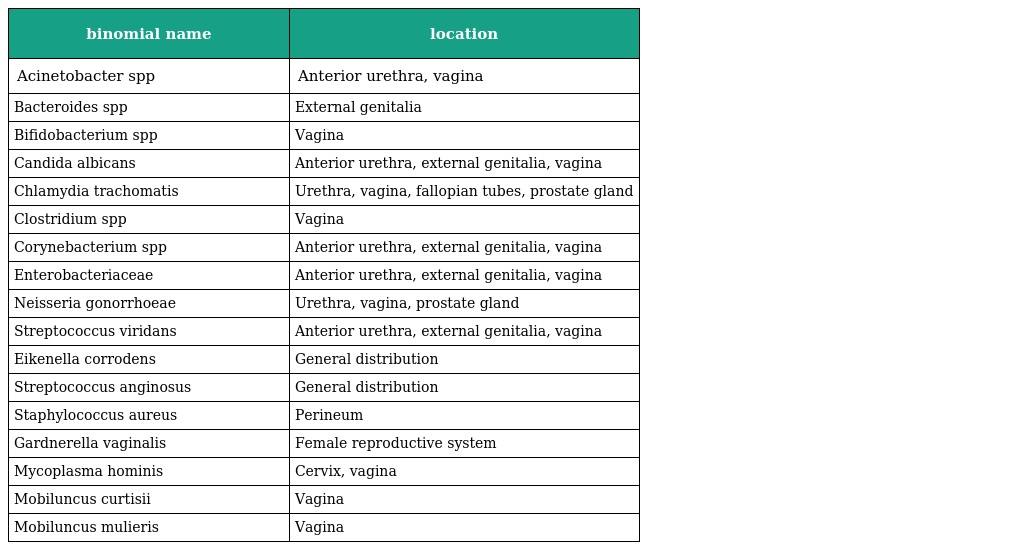
| binomial name | location |
 | --- | --- |
 | Acinetobacter spp | Anterior urethra, vagina |
 | Bacteroides spp | External genitalia |
 | Bifidobacterium spp | Vagina |
 | Candida albicans | Anterior urethra, external genitalia, vagina |
 | Chlamydia trachomatis | Urethra, vagina, fallopian tubes, prostate gland |
 | Clostridium spp | Vagina |
 | Corynebacterium spp | Anterior urethra, external genitalia, vagina |
 | Enterobacteriaceae | Anterior urethra, external genitalia, vagina |
 | Neisseria gonorrhoeae | Urethra, vagina, prostate gland |
 | Streptococcus viridans | Anterior urethra, external genitalia, vagina |
 | Eikenella corrodens | General distribution |
 | Streptococcus anginosus | General distribution |
 | Staphylococcus aureus | Perineum |
 | Gardnerella vaginalis | Female reproductive system |
 | Mycoplasma hominis | Cervix, vagina |
 | Mobiluncus curtisii | Vagina |
 | Mobiluncus mulieris | Vagina |